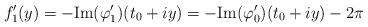
LaTeX: \begin{align*}f_1'(y)&=-\textup{Im}(\varphi_1')(t_0+iy)=-\textup{Im}(\varphi_0')(t_0+iy)-2\pi\end{align*}